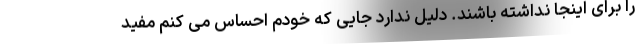
را برای اینجا نداشته باشند. دلیل ندارد جایی که خودم احساس می کنم مفید